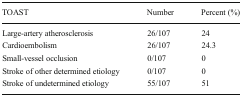
<table><thead><tr><td><b>TOAST</b></td><td><b>Number</b></td><td><b>Percent (%)</b></td></tr></thead><tbody><tr><td>Large-artery atherosclerosis</td><td>26/107</td><td>24</td></tr><tr><td>Cardioembolism</td><td>26/107</td><td>24.3</td></tr><tr><td>Small-vessel occlusion</td><td>0/107</td><td>0</td></tr><tr><td>Stroke of other determined etiology</td><td>0/107</td><td>0</td></tr><tr><td>Stroke of undetermined etiology</td><td>55/107</td><td>51</td></tr></tbody></table>